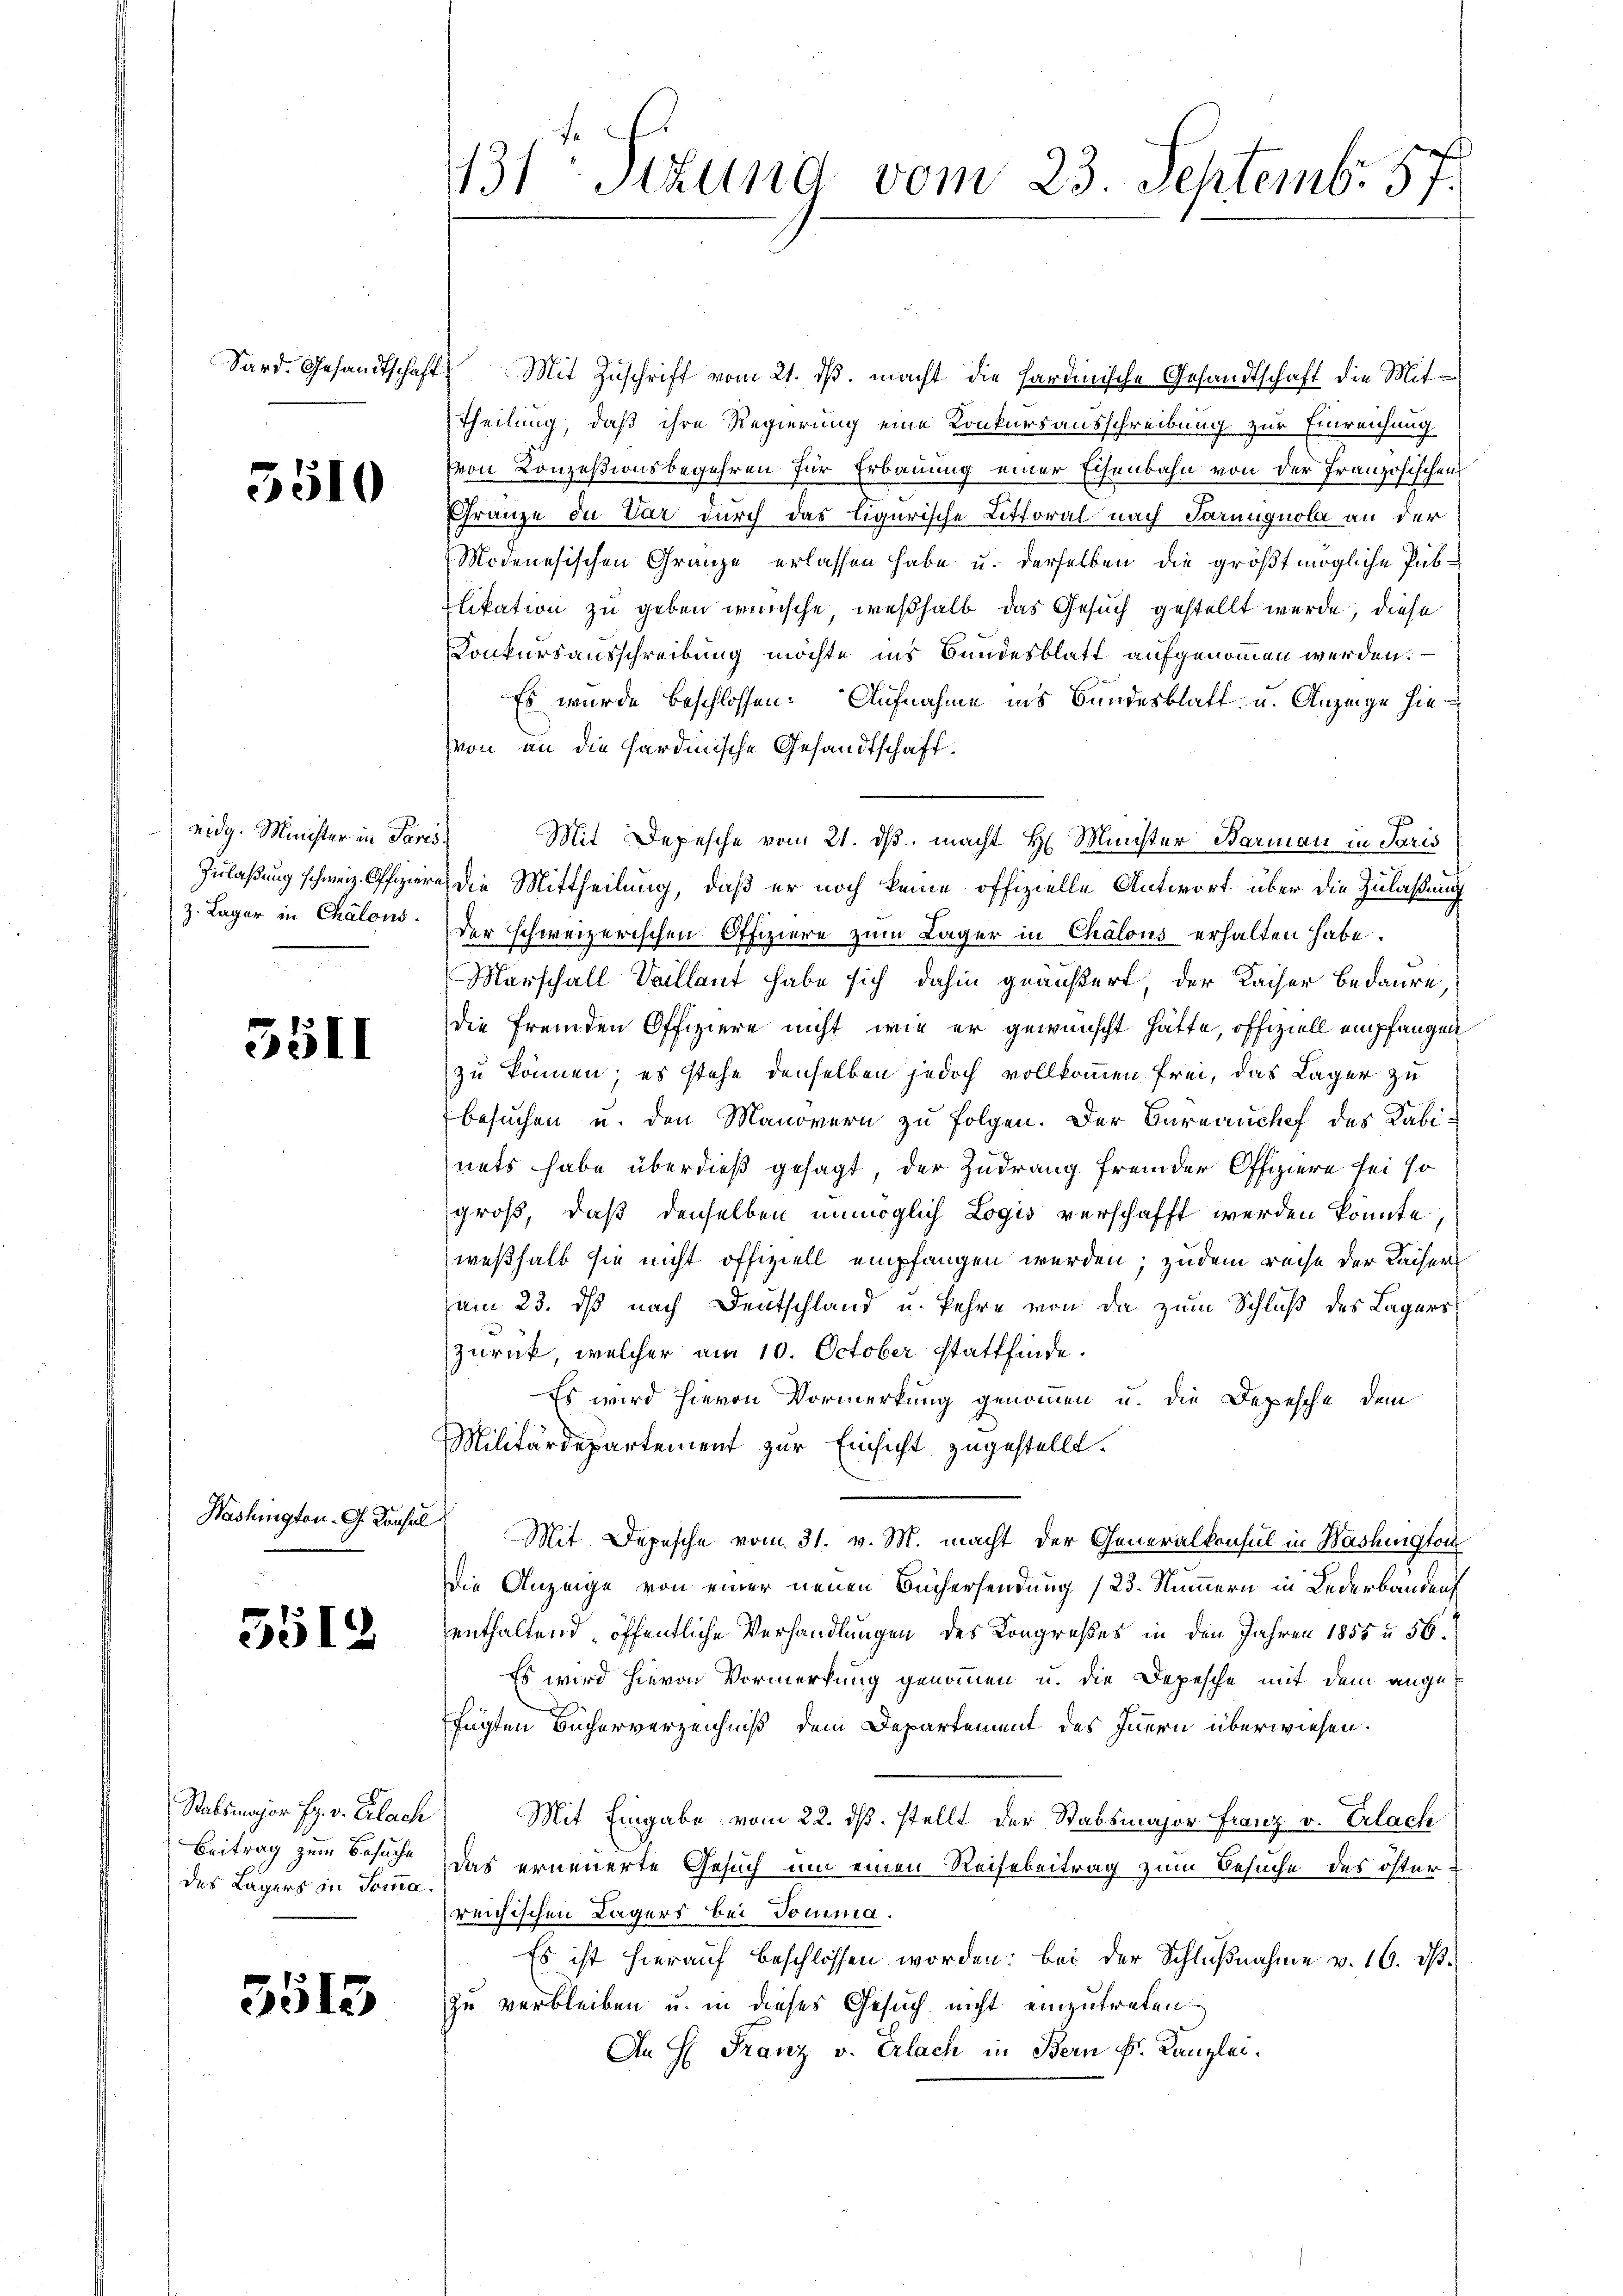
Sard. Gesandtschaft

5510

eidg. Minister in Paris
Zulaßung schweiz. Offiziere
z. Lager in Chalous.

3511

Washington G. Konsul

3512

Stabsmajor Fr. v. Erlach
Beitrag zum Besuche
des Lagers in Somma

3513

131 schung vom 23. Septemb. 57.

Mit Zuschrift vom 21. ds. macht die hardinische Gesandtschaft die Mit-
Theilung, daß ihre Regierung eine Konkursausschreibung zur Einreichung
Von Konzesionsbegehren für Erbauung einer Eisenbahn von der Französischen
Franze in Var durch das ligurische Littoral nach Paruugnola an der
Modenesischen Gränze erlassen habe u. derselben die größtmögliche Publikation zu geben wünsche, weßhalb das Gesuch gestellt werde, diese
Konkursausschreibung möchte ins Bundesblatt aufgenommen werden. —
Es wurde beschlossen: Aufnahme ins Bundesblatt u. Anzeige hievon an die hardinische Gesandtschaft.
Mit Depesche vom 21. dβ macht H. Minister Barman in Paris
die Mittheilung, daß er noch keine offizielle Antwort über die Zulaßung
der schweizerischen Offiziere zum Lager in Chalons erhalten habe.
Marschall Sellant habe sich dahin geäußert der Kaiser Bedaure
die fremden Offiziere nicht, wie er gewünscht hätte, offiziell empfangen
zu können; es stehe denselben jedoch vollkommen frei, das Lager zu
besuchen u. den Manovern zu folgen. Der Bureauchef des Kabinets habe überdieß gesagt, der Zudrang fremder Offiziere sei so
groß, daß denselben unmöglich Logis verschafft werden könnte,
weßhalb sie nicht offiziell empfangen werden; zudem reise der Kaiser
am 23. ds nach Deutschland u. kehre von da zum Schluß des Lagers;
zurück, welcher am 10. October stattfinde.
Es wird hievon Vormerkung genommen u. die Depesche dem
Militärdepartement zur Einsicht zugestellt.
Mit Depesche vom 31. v. M. macht der Generalkonsul in Washington
die Anzeige von einer neuen Büchersendung (23. Nummern in Lederbanden
enthaltend, öffentliche Verhandlungen des Kongreßes in den Jahren 1855 u. 56
Es wird hievon Vormerkung genommen u. die Depesche mit dem angefügten Bücherverzeichniß dem Departement des Innern überwiesen.
Mit Eingabe vom 22. ds. stellt der Stabsmajor Franz v. Erlach
das erneuerte Gesuch um einen Reisebeitrag zum Besuche des österreichischen Lagers bei domma.
Es ist hierauf beschlossen worden: bei der Schlŭβnahme v. 16. ds.
zu verbleiben u. in dieses Gesuch nicht einzutreten.
An H: Franz v. Erlach in Bern Fr. Kanzlei.